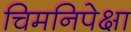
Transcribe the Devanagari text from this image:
चिमनिपेक्षा